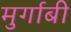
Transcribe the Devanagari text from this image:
मुर्गाबी